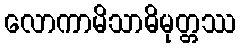
လောကာမိသာဓိမုတ္တဿ